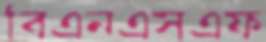
বিএনএসএফ